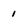
Character: 1